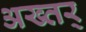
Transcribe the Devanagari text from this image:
अख्तर्